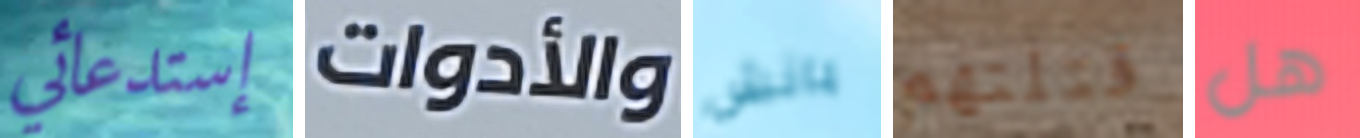
إستدعائي والأدوات بانش قتلتهم هل